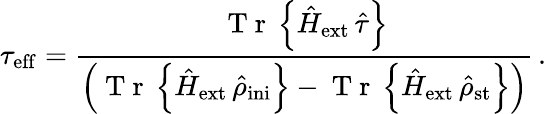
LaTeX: \tau_{\mathrm{eff}}=\frac{\mathrm{~T~r~}\left\{ {\hat{H}}_{\mathrm{ext}}\, {\hat{\tau}}\right\} }{\left(\mathrm{~T~r~}\left\{ {\hat{H}}_{\mathrm{ext}}\, {\hat{\rho}}_{\mathrm{ini}}\right\} -\mathrm{~T~r~}\left\{ {\hat{H}}_{\mathrm{ext}}\, {\hat{\rho}}_{\mathrm{st}}\right\} \right)}\, .